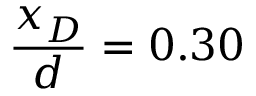
\frac { x _ { D } } { d } = 0 . 3 0